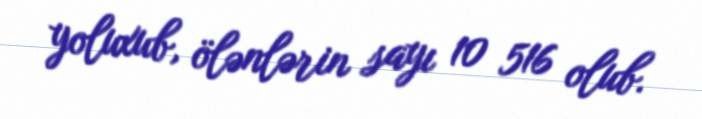
yoluxub, ölənlərin sayı 10 516 olub.